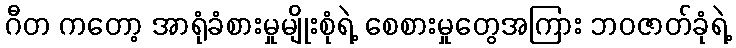
ဂီတ ကတော့ အာရုံခံစားမှုမျိုးစုံရဲ့ စေစားမှုတွေအကြား ဘဝဇာတ်ခုံရဲ့